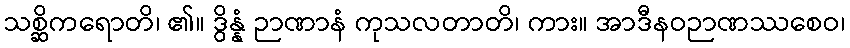
သစ္ဆိကရောတိ၊ ၏။ ဒွိန္နံ ဉာဏာနံ ကုသလတာတိ၊ ကား။ အာဒီနဝဉာဏဿစေဝ၊